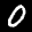
Label: 0